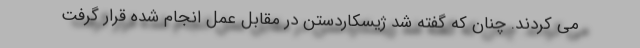
می کردند. چنان که گفته شد ژیسکاردستن در مقابل عمل انجام شده قرار گرفت